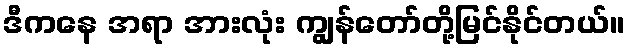
ဒီကနေ အရာ အားလုံး ကျွန်တော်တို့မြင်နိုင်တယ်။